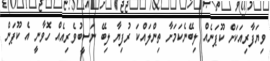
ވިޔަފާރިއަކަށް ކޫޕަނެއް ލިބޭނެކަމަށާ ތިންލައްކަ ރުފިޔާ ލިބޭ ނަސީބުވެރިއެއް ހޮވާނީ އެ ކޫޕަން